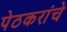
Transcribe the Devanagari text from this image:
पेठकरांचे